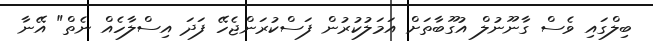
ބިލްގައި ވެސް ގާނޫނުލް އުގޫބާތަށް އަމަލުކުރުން ފަސްކުރަންޖެހޭ ފަދަ އިސްލާހެއް ނެތް" އޭނާ